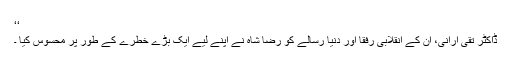
‘‘
ڈاکٹر تقی ارانی، ان کے انقلابی رفقا اور دنیا رسالے کو رضا شاہ نے اپنے لیے ایک بڑے خطرے کے طور پر محسوس کیا ۔